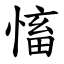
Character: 慉